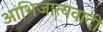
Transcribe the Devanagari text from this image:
आभिजात्यवादी